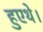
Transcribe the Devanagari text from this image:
हुएथे।